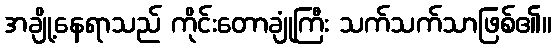
အချို့နေရာသည် ကိုင်းတောချုံကြီး သက်သက်သာဖြစ်၏။